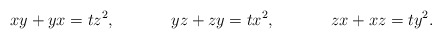
\begin{align*}xy+yx=t z^2, && yz+zy=t x^2, && zx+xz=t y^2.\end{align*}